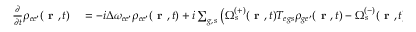
\begin{array} { r l } { \frac { \partial } { \partial t } \rho _ { e e ^ { \prime } } ( \textbf { r } , t ) } & { { } = - i \Delta \omega _ { e e ^ { \prime } } \rho _ { { e e ^ { \prime } } } ( \textbf { r } , t ) + i \sum _ { g , \, s } \left( \Omega _ { s } ^ { ( + ) } ( \textbf { r } , t ) T _ { { e g } s } \rho _ { { g e ^ { \prime } } } ( \textbf { r } , t ) - \Omega _ { s } ^ { ( - ) } ( \textbf { r } , t ) \rho _ { { e g } } ( \textbf { r } , t ) T _ { { g e ^ { \prime } } s } \right) , } \end{array}